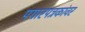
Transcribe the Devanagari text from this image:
पगारपत्रकांवर